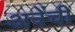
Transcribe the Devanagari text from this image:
अत्रेंची